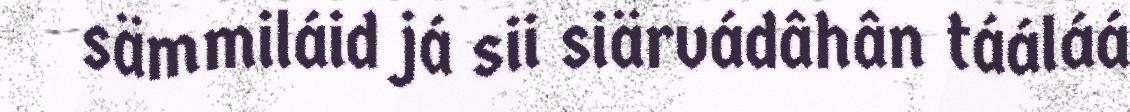
sämmiláid já sii siärvádâhân tááláá